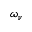
\omega _ { \nu }